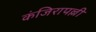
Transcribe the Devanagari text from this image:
कंजिरापल्ली